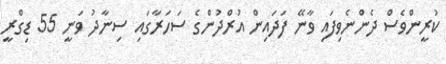
ކުރީންވެސް ދެންނެވިފައި ވާނޭ ފަދައިން އުރްދުންގެ ސަހަރާގައި ސިނާދު ވަނީ 55 ޑިގްރީ